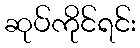
ဆုပ်ကိုင်ရင်း